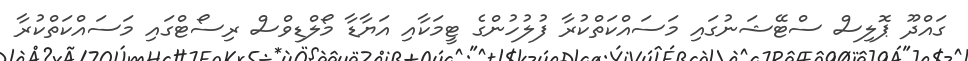
ގައްދޫ ޕޮލިސް ސްޓޭޝަނުގައި މަސައްކަތްކުރާ ފުލުހުންގެ ޓީމަކާއި އަޔާޑާ މޯލްޑިވްސް ރިސޯޓްގައި މަސައްކަތްކުރާ